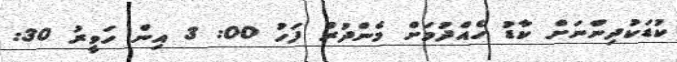
ކުޑަކުދިންނަށް ކާޑު ހެއްދުމަށް މެންދުރު ފަހު 00: 3 އިން ހަވީރު 30: